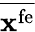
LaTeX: \overline{{{\mathbf x}^{\mathrm{fe}}}}